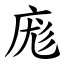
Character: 庬